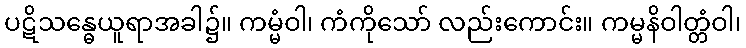
ပဋိသန္ဓေယူရာအခါ၌။ ကမ္မံဝါ၊ ကံကိုသော် လည်းကောင်း။ ကမ္မနိဝါတ္တံဝါ၊